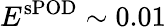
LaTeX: E^{\mathrm{sPOD}}\sim 0.01